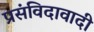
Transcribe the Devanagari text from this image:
प्रसंविदावादी